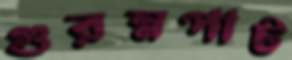
গুরম্নপাট